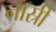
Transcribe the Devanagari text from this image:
नास्री